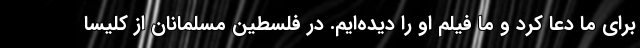
برای ما دعا کرد و ما فیلم او را دیده‌ایم. در فلسطین مسلمانان از کلیسا